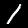
Digit: 1